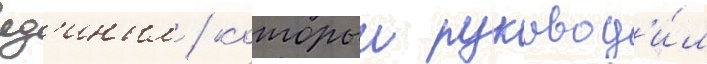
яд'иным / которыи руковод'и́л